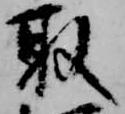
取